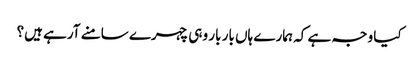
کیا وجہ ہے کہ ہمارے ہاں بار بار وہی چہرے سامنے آرہے ہیں؟